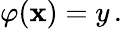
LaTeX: \varphi(\mathbf{x})=y\, .